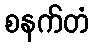
စနက်တံ